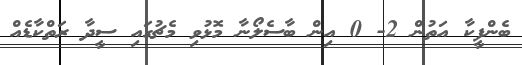
ބެންފީކާ އަތުން 2- 0 އިން ބާސެލޯނާ މޮޅުވި މެޗުގައި ސީދާ ރަތްކާޑެއް